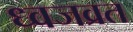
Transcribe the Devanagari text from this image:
ध्वजव्रत